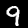
Digit: 9